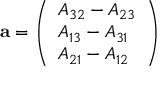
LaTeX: \mathbf { a } = { \left( \begin{array} { l } { A _ { 3 2 } - A _ { 2 3 } } \\ { A _ { 1 3 } - A _ { 3 1 } } \\ { A _ { 2 1 } - A _ { 1 2 } } \end{array} \right) }